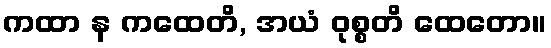
ကထာ န ကထေတိ, အယံ ဝုစ္စတိ ထေတော။